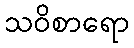
သဝိစာရော